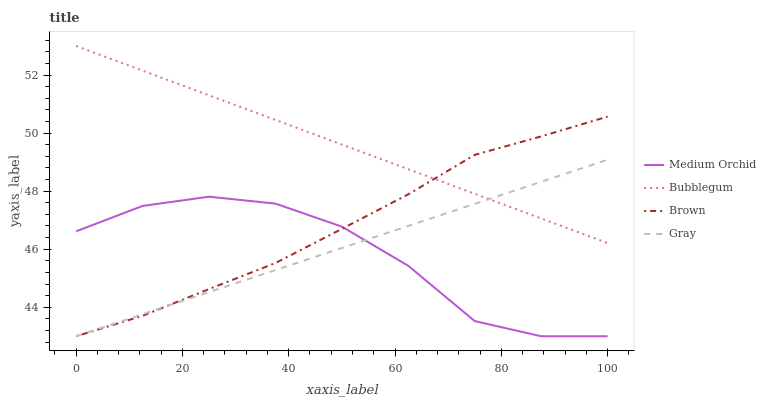
| xaxis_label | Medium Orchid | Bubblegum | Brown | Gray |
 | --- | --- | --- | --- | --- |
 | 0 | 46.6 | 53 | 43 | 43 |
 | 12.5 | 47.5 | 52.2 | 43.7 | 43.8 |
 | 25 | 47.8 | 51.3 | 44.6 | 44.5 |
 | 37.5 | 47.6 | 50.5 | 45.5 | 45.3 |
 | 50 | 46.8 | 49.6 | 46.7 | 46 |
 | 62.5 | 45.4 | 48.8 | 47.9 | 46.8 |
 | 75 | 43.5 | 47.9 | 49.2 | 47.6 |
 | 87.5 | 43 | 47.1 | 49.9 | 48.3 |
 | 100 | 43 | 46.2 | 50.6 | 49.1 |